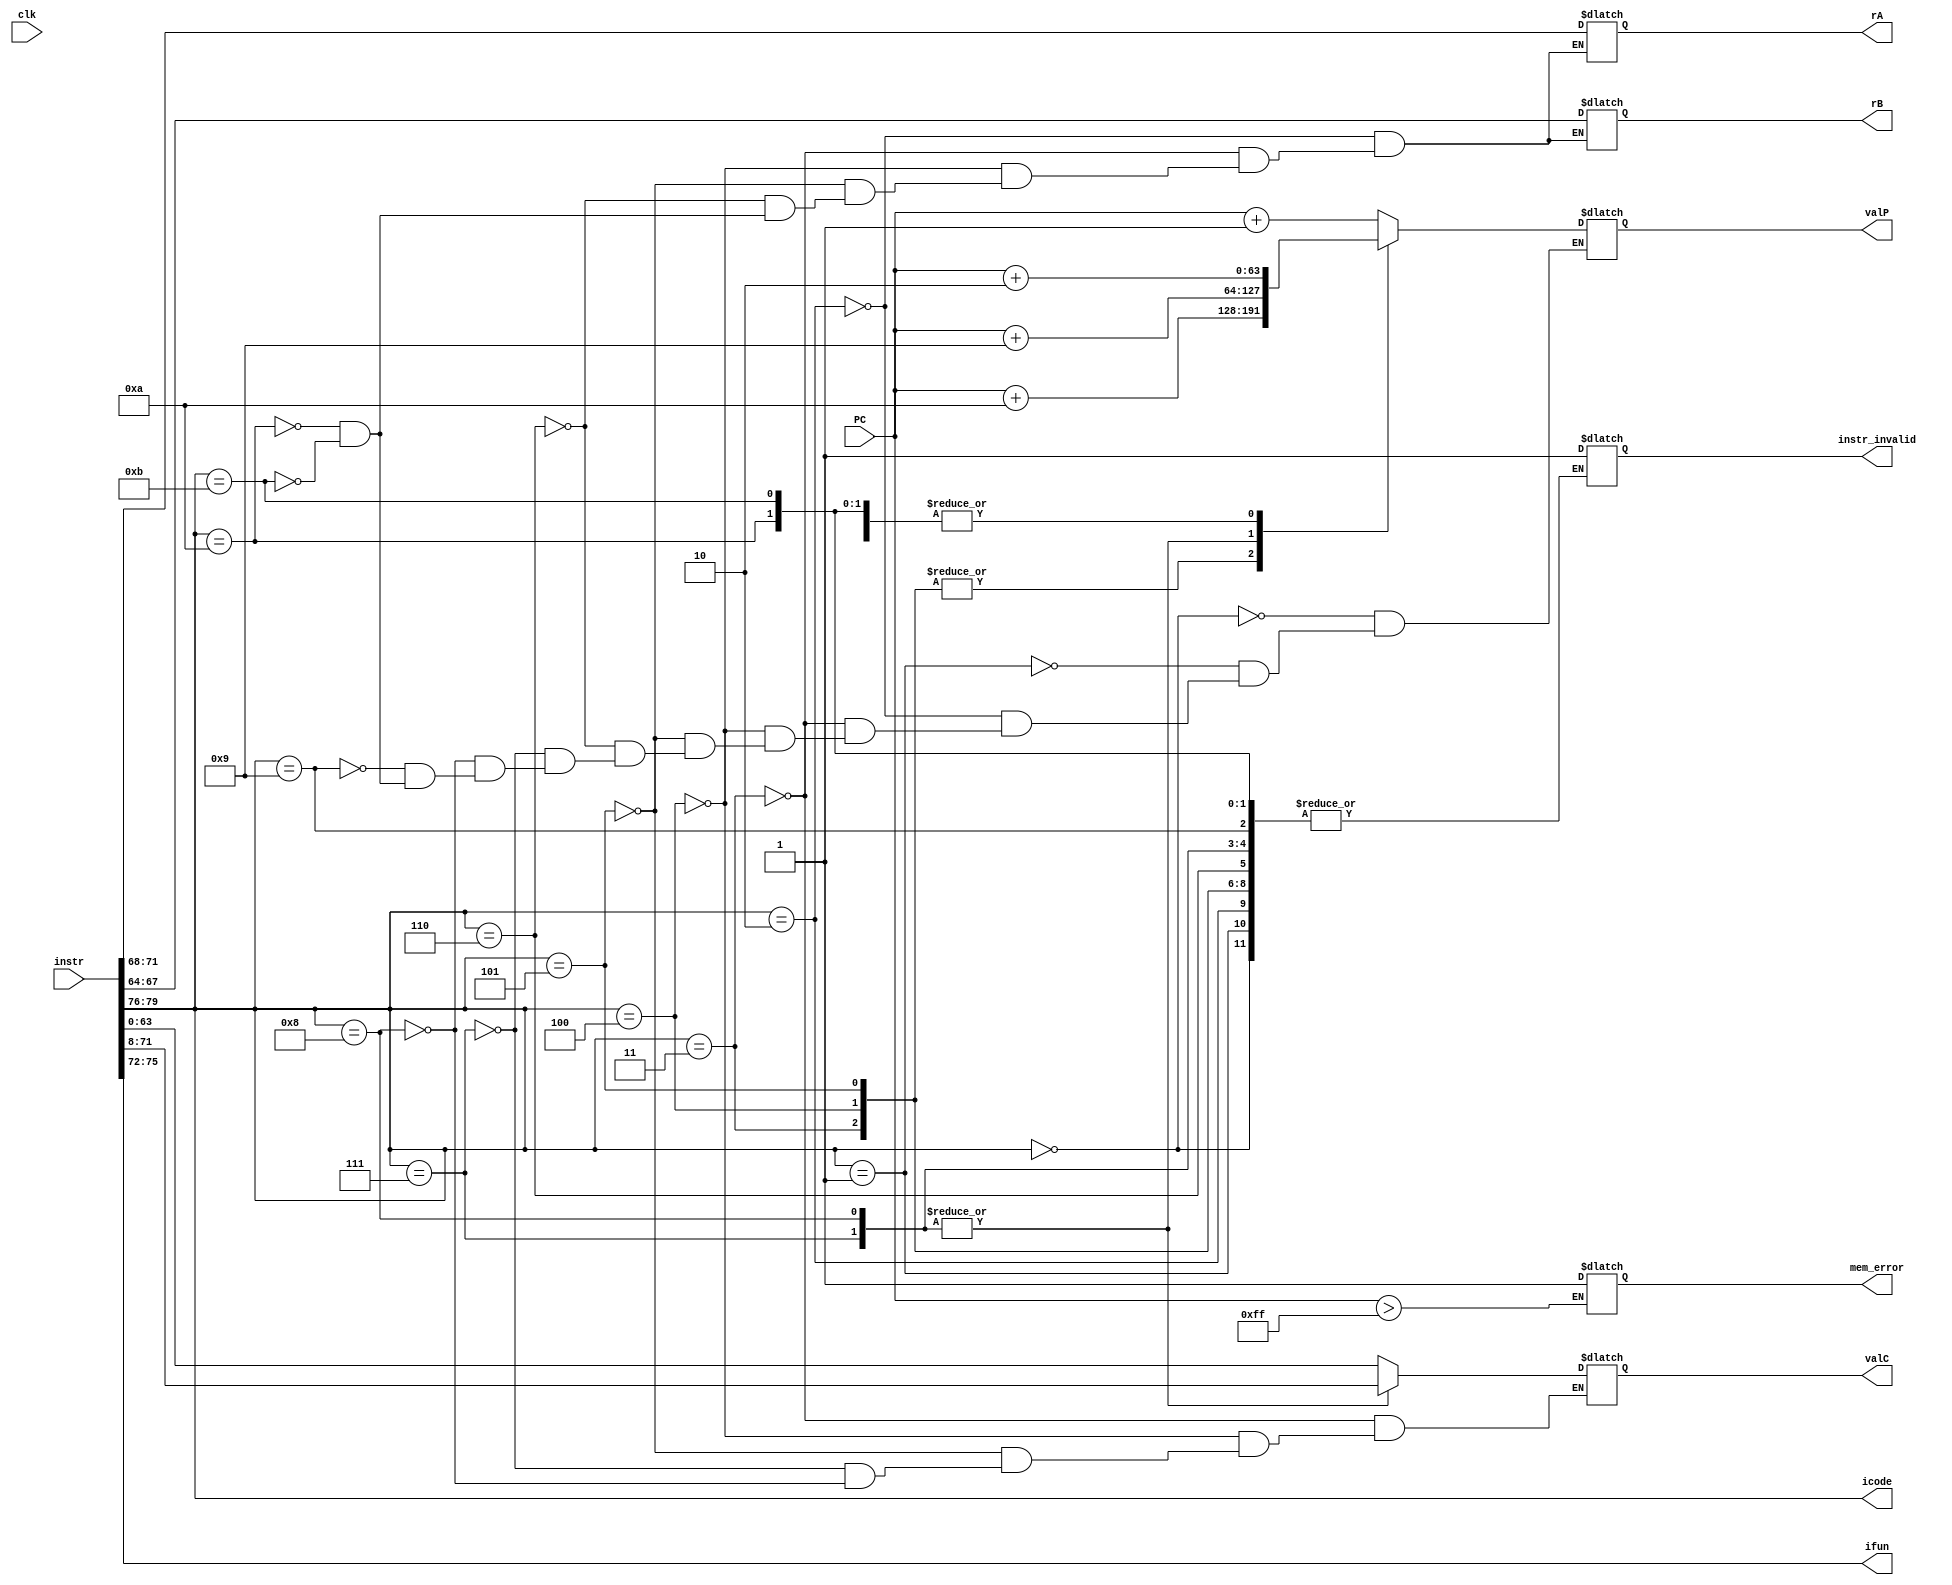
module fetch(clk, PC, instr, icode, ifun, rA, rB, valC, valP, mem_error, instr_invalid);

input clk;
input [63:0] PC;
input [0:79] instr;

output reg[3:0] icode, ifun;
output reg [3:0] rA, rB;
output reg signed[63:0] valC;
output reg [63:0] valP;

output reg mem_error = 1'b0, instr_invalid = 1'b0;

always @(*)
begin
  if(PC>255)
  begin
    mem_error = 1;
  end

  icode = instr[0:3];
  ifun = instr[4:7];

  case(icode)
  4'b0000:   //halt
  begin
    valP = PC + 1;
  end

  4'b0001:   //nop
  begin
    valP = PC + 1;
  end

  4'b0010:   //cmoXX
  begin
    rA = instr[8:11];
    rB = instr[12:15];
    valP = PC + 2;
  end

  4'b0011:   //irmovq
  begin
    rA = instr[8:11];
    rB = instr[12:15];
    valC = instr[16:79];
    valP = PC + 10;
  end

  4'b0100:   //rmmovq
  begin
    rA = instr[8:11];
    rB = instr[12:15];
    valC = instr[16:79];
    valP = PC + 10;
  end

  4'b0101:   //mrmovq
  begin
    rA = instr[8:11];
    rB = instr[12:15];
    valC = instr[16:79];
    valP = PC + 10;
  end

  4'b0110:   //OPq
  begin
    rA = instr[8:11];
    rB = instr[12:15];
    valP = PC + 2;
  end

  4'b0111:   //jXX
  begin
    valC = instr[8:71];
    valP = PC + 9;
  end
  
  4'b1000:   //call
  begin
    valC = instr[8:71];
    valP = PC + 9;
  end

  4'b1001:   //ret
  begin
    valP = PC + 1;
  end

  4'b1010:   //pushq
  begin
    rA = instr[8:11];
    rB = instr[12:15];
    valP = PC + 2;
  end

  4'b1011:   //popq
  begin
    rA = instr[8:11];
    rB = instr[12:15];
    valP = PC + 2;
  end

  default:
    instr_invalid = 1'b1;
    //valP = PC + 1;
  endcase
end

endmodule